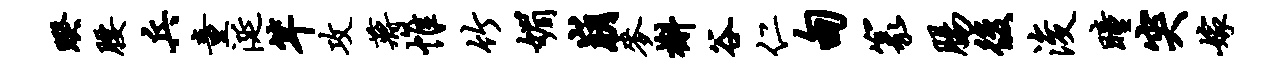
睽腰兵童涎竿攻蒋帷竹媚崩麦槲谷仁甸篆肠后浚瞳突嫁